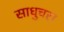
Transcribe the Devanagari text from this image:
साधुचरा